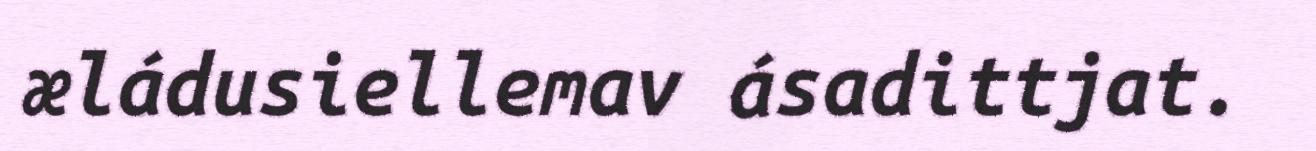
æládusiellemav ásadittjat.